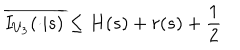
LaTeX: \overline { { { I _ { U _ { 3 } } ( \cdot | s ) } } } \leq H ( s ) + r ( s ) + \frac { 1 } { 2 }